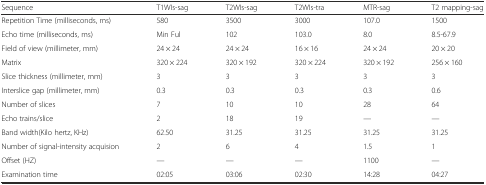
<table><thead><tr><td><b>Sequence</b></td><td><b>T1WIs-sag</b></td><td><b>T2WIs-sag</b></td><td><b>T2WIs-tra</b></td><td><b>MTR-sag</b></td><td><b>T2 mapping-sag</b></td></tr></thead><tbody><tr><td>Repetition Time (milliseconds, ms)</td><td>580</td><td>3500</td><td>3000</td><td>107.0</td><td>1500</td></tr><tr><td>Echo time (milliseconds, ms)</td><td>Min Ful</td><td>102</td><td>103.0</td><td>8.0</td><td>8.5-67.9</td></tr><tr><td>Field of view (millimeter, mm)</td><td>24 × 24</td><td>24 × 24</td><td>16 × 16</td><td>24 × 24</td><td>20 × 20</td></tr><tr><td>Matrix</td><td>320 × 224</td><td>320 × 192</td><td>320 × 224</td><td>320 × 192</td><td>256 × 160</td></tr><tr><td>Slice thickness (millimeter, mm)</td><td>3</td><td>3</td><td>3</td><td>3</td><td>3</td></tr><tr><td>Interslice gap (millimeter, mm)</td><td>0.3</td><td>0.3</td><td>0.3</td><td>0.3</td><td>0.6</td></tr><tr><td>Number of slices</td><td>7</td><td>10</td><td>10</td><td>28</td><td>64</td></tr><tr><td>Echo trains/slice</td><td>2</td><td>18</td><td>19</td><td>—</td><td>—</td></tr><tr><td>Band width(Kilo hertz, KHz)</td><td>62.50</td><td>31.25</td><td>31.25</td><td>31.25</td><td>31.25</td></tr><tr><td>Number of signal-intensity acquision</td><td>2</td><td>6</td><td>4</td><td>1.5</td><td>1</td></tr><tr><td>Offset (HZ)</td><td>—</td><td>—</td><td>—</td><td>1100</td><td>—</td></tr><tr><td>Examination time</td><td>02:05</td><td>03:06</td><td>02:30</td><td>14:28</td><td>04:27</td></tr></tbody></table>